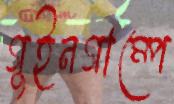
গুইনগাম্পে